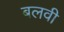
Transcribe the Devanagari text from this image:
बलवी